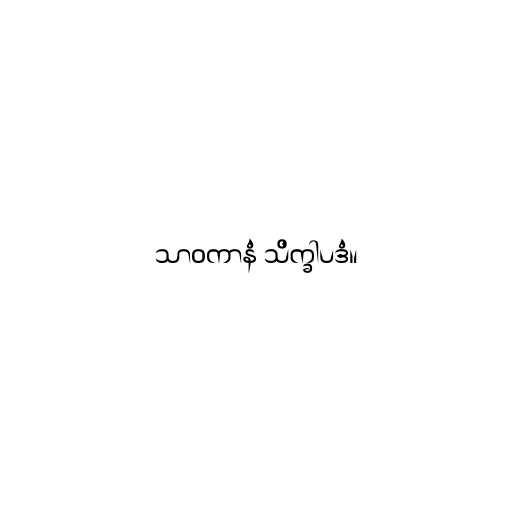
သာဝကာနံ သိက္ခါပဒံ။